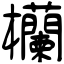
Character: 欗